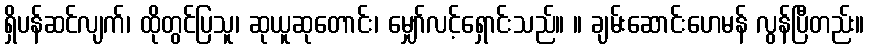
ရှိပန်ဆင်လျက်၊ ထိုတွင်ပြသူ၊ ဆုယူဆုတောင်း၊ မျှော်လင့်ရှောင်းသည်။ ။ ချမ်းဆောင်းဟေမန် လွန်ပြီတည်း။